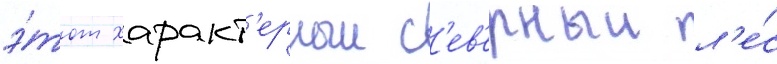
э́тот характ'ерныи с'ев'ерныи л'е́с